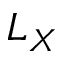
L _ { X }